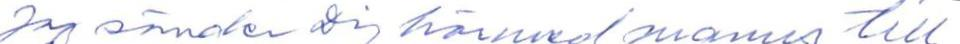
Jag sänder Dig härmed manus till